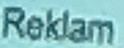
Reklam